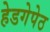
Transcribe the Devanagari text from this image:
हेडगेपेठ